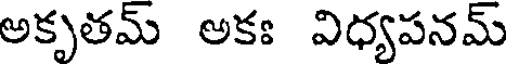
అకృతమ్ అకః విధ్యపనమ్